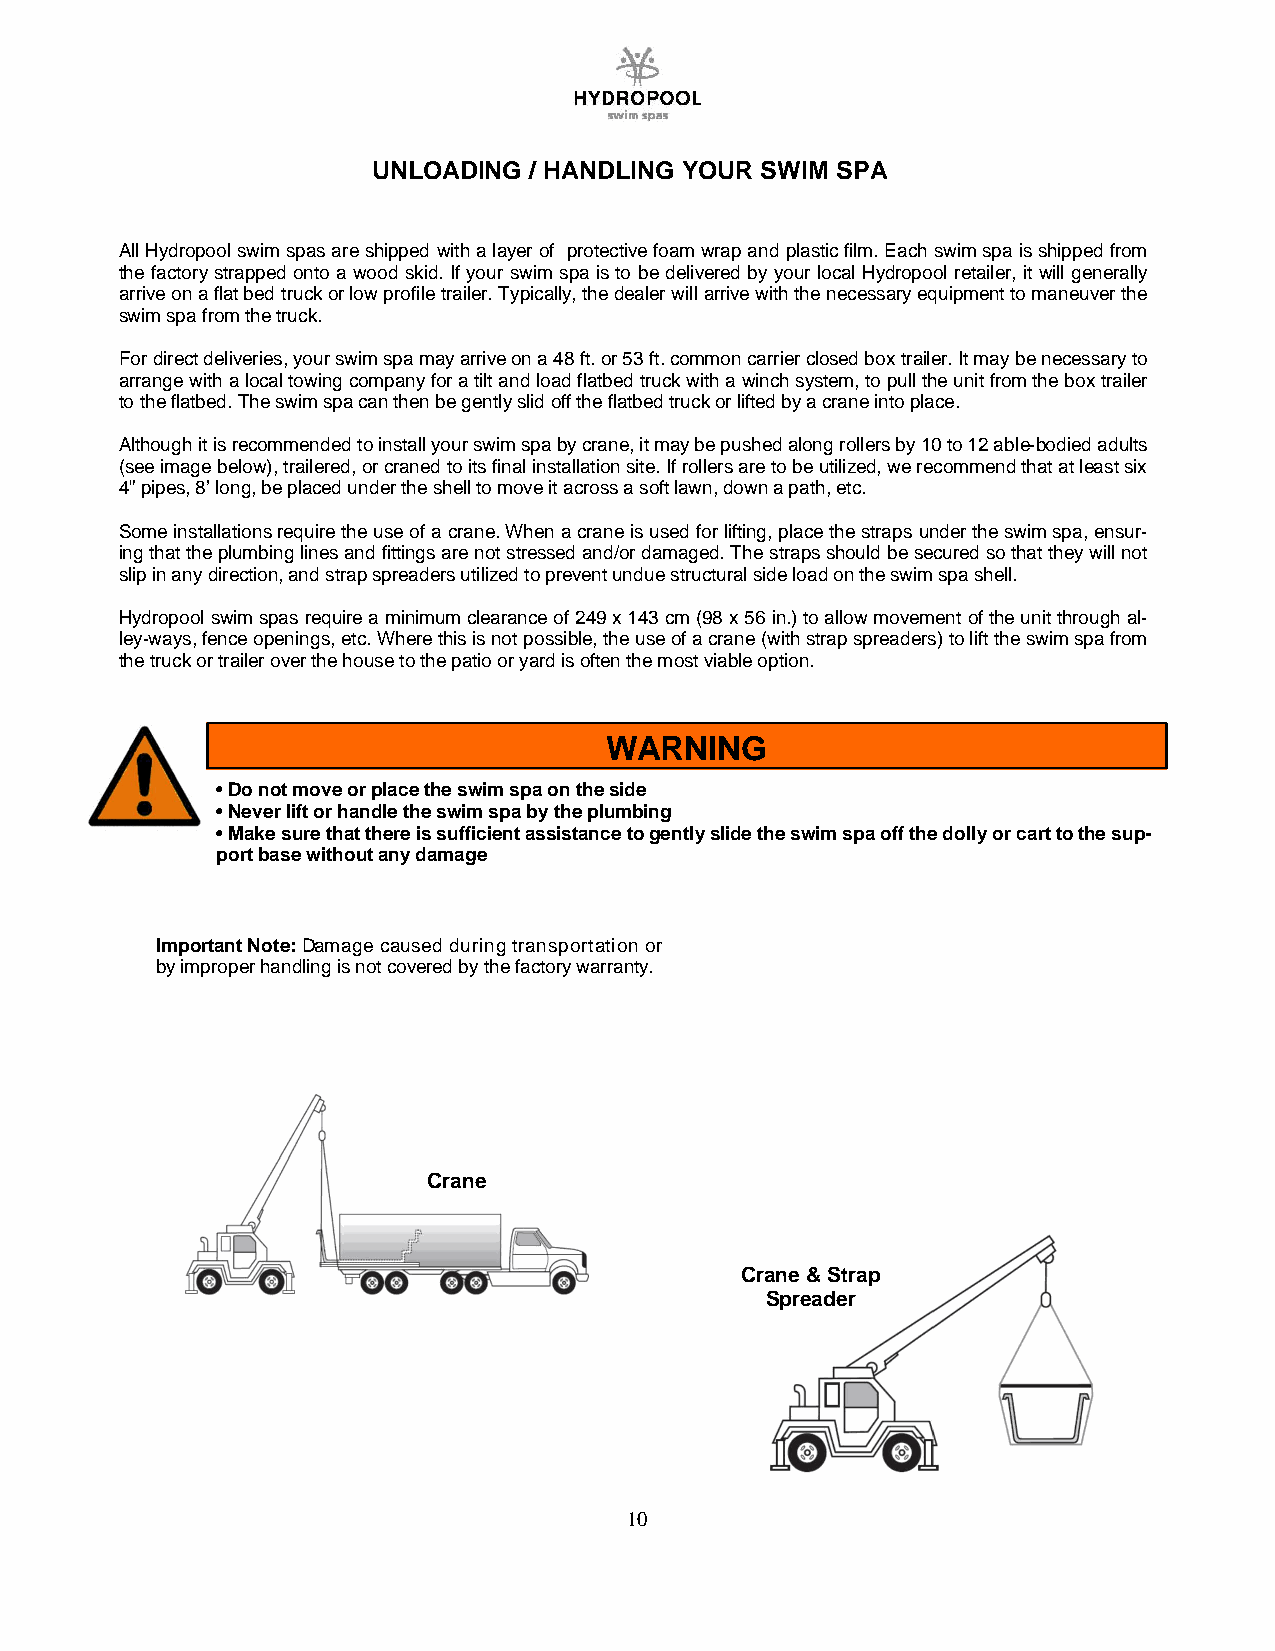
UNLOADING / HANDLING YOUR SWIM SPA
 All Hydropool swim spas are shipped with a layer of protective foam wrap and plastic film. Each swim spa is shipped from
 the factory strapped onto a wood skid. If your swim spa is to be delivered by your local Hydropool retailer, it will generally
 arrive on a flat bed truck or low profile trailer. Typically, the dealer will arrive with the necessary equipment to maneuver the
 swim spa from the truck.
 For direct deliveries, your swim spa may arrive on a 48 ft. or 53 ft. common carrier closed box trailer. It may be necessary to
 arrange with a local towing company for a tilt and load flatbed truck with a winch system, to pull the unit from the box trailer
 to the flatbed. The swim spa can then be gently slid off the flatbed truck or lifted by a crane into place.
 Although it is recommended to install your swim spa by crane, it may be pushed along rollers by 10 to 12 able-bodied adults
 (see image below), trailered, or craned to its final installation site. If rollers are to be utilized, we recommend that at least six
 4” pipes, 8’ long, be placed under the shell to move it across a soft lawn, down a path, etc.
 Some installations require the use of a crane. When a crane is used for lifting, place the straps under the swim spa, ensur-
 ing that the plumbing lines and fittings are not stressed and/or damaged. The straps should be secured so that they will not
 slip in any direction, and strap spreaders utilized to prevent undue structural side load on the swim spa shell.
 Hydropool swim spas require a minimum clearance of 249 x 143 cm (98 x 56 in.) to allow movement of the unit through al-
 ley-ways, fence openings, etc. Where this is not possible, the use of a crane (with strap spreaders) to lift the swim spa from
 the truck or trailer over the house to the patio or yard is often the most viable option.
 WARNING
 • Do not move or place the swim spa on the side
 • Never lift or handle the swim spa by the plumbing
 • Make sure that there is sufficient assistance to gently slide the swim spa off the dolly or cart to the sup-
 port base without any damage
 Important Note: Damage caused during transportation or
 by improper handling is not covered by the factory warranty.
 Crane
 Crane & Strap
 Spreader
 10